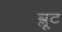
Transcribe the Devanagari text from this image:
ब्लूट